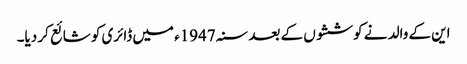
این کے والد نے کوششوں کے بعد سنہ 1947ء میں ڈائری کو شائع کر دیا۔